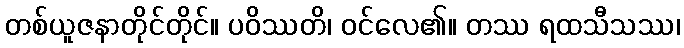
တစ်ယူဇနာတိုင်တိုင်။ ပဝိဿတိ၊ ဝင်လေ၏။ တဿ ရထသီသဿ၊